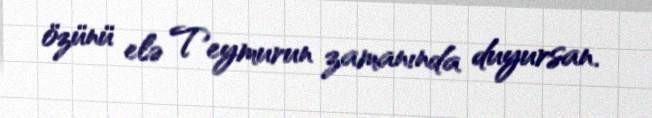
özünü elə Teymurun zamanında duyursan.